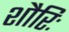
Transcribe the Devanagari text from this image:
शौरिः